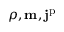
\rho , \mathbf { m } , \mathbf { j } ^ { \mathrm { p } }